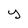
Character: y